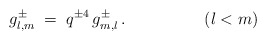
\begin{align*}g_{l,m}^\pm \;=\; q^{\pm 4}\,g^\pm_{m,l}\,.\hspace{2cm}(l<m)\end{align*}